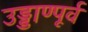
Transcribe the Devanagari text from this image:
उड्डाण्पूर्व